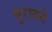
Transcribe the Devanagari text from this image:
मुरादने